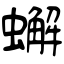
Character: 蠏